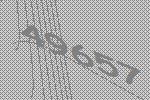
49657